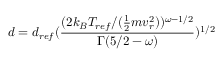
d = d _ { r e f } ( \frac { ( 2 k _ { B } T _ { r e f } / ( \frac { 1 } { 2 } m v _ { r } ^ { 2 } ) ) ^ { \omega - 1 / 2 } } { \Gamma ( 5 / 2 - \omega ) } ) ^ { 1 / 2 }